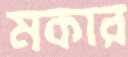
মকার